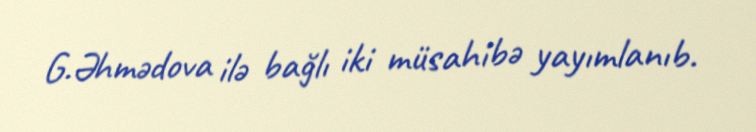
G.Əhmədova ilə bağlı iki müsahibə yayımlanıb.